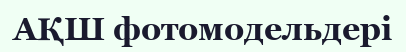
АҚШ фотомодельдері